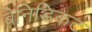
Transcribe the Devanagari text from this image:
बेनिडिकट